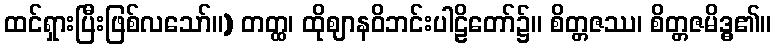
ထင်ရှားပြီးဖြစ်လသော်။) တတ္ထ၊ ထိုဈာနဝိဘင်းပါဠိတော်၌။ စိတ္တဇဿ၊ စိတ္တဇမိဒ္ဓ၏။